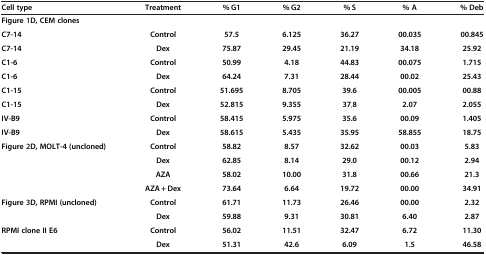
<table><thead><tr><td><b>Cell type</b></td><td><b>Treatment</b></td><td><b>% G1</b></td><td><b>% G2</b></td><td><b>% S</b></td><td><b>% A</b></td><td><b>% Deb</b></td></tr></thead><tbody><tr><td><b>Figure</b>1<b>D, </b><b>CEM clones</b></td><td> </td><td> </td><td> </td><td> </td><td> </td><td> </td></tr><tr><td><b>C7-</b><b>14</b></td><td><b>Control</b></td><td><b>57.5</b></td><td><b>6.125</b></td><td><b>36.27</b></td><td><b>00.035</b></td><td><b>00.845</b></td></tr><tr><td><b>C7-</b><b>14</b></td><td><b>Dex</b></td><td><b>75.87</b></td><td><b>29.45</b></td><td><b>21.19</b></td><td><b>34.18</b></td><td><b>25.92</b></td></tr><tr><td><b>C1-</b><b>6</b></td><td><b>Control</b></td><td><b>50.99</b></td><td><b>4.18</b></td><td><b>44.83</b></td><td><b>00.075</b></td><td><b>1.715</b></td></tr><tr><td><b>C1-</b><b>6</b></td><td><b>Dex</b></td><td><b>64.24</b></td><td><b>7.31</b></td><td><b>28.44</b></td><td><b>00.02</b></td><td><b>25.43</b></td></tr><tr><td><b>C1-</b><b>15</b></td><td><b>Control</b></td><td><b>51.695</b></td><td><b>8.705</b></td><td><b>39.6</b></td><td><b>00.005</b></td><td><b>00.88</b></td></tr><tr><td><b>C1-</b><b>15</b></td><td><b>Dex</b></td><td><b>52.815</b></td><td><b>9.355</b></td><td><b>37</b>,<b>8</b></td><td><b>2.07</b></td><td><b>2.055</b></td></tr><tr><td><b>IV-</b><b>B9</b></td><td><b>Control</b></td><td><b>58.415</b></td><td><b>5.975</b></td><td><b>35.6</b></td><td><b>00.09</b></td><td><b>1.405</b></td></tr><tr><td><b>IV-</b><b>B9</b></td><td><b>Dex</b></td><td><b>58.615</b></td><td><b>5.435</b></td><td><b>35.95</b></td><td><b>58.855</b></td><td><b>18.75</b></td></tr><tr><td><b>Figure</b>2<b>D, </b><b>MOLT-</b><b>4 </b><b>(uncloned)</b></td><td><b>Control</b></td><td><b>58.82</b></td><td><b>8.57</b></td><td><b>32.62</b></td><td><b>00.03</b></td><td><b>5.83</b></td></tr><tr><td> </td><td><b>Dex</b></td><td><b>62.85</b></td><td><b>8.14</b></td><td><b>29.0</b></td><td><b>00.12</b></td><td><b>2.94</b></td></tr><tr><td> </td><td><b>AZA</b></td><td><b>58.02</b></td><td><b>10.00</b></td><td><b>31.8</b></td><td><b>00.66</b></td><td><b>21.3</b></td></tr><tr><td> </td><td><b>AZA +</b> <b>Dex</b></td><td><b>73.64</b></td><td><b>6.64</b></td><td><b>19.72</b></td><td><b>00.00</b></td><td><b>34.91</b></td></tr><tr><td><b>Figure</b>3<b>D, </b><b>RPMI </b><b>(uncloned)</b></td><td><b>Control</b></td><td><b>61.71</b></td><td><b>11.73</b></td><td><b>26.46</b></td><td><b>00.00</b></td><td><b>2.32</b></td></tr><tr><td> </td><td><b>Dex</b></td><td><b>59.88</b></td><td><b>9.31</b></td><td><b>30.81</b></td><td><b>6.40</b></td><td><b>2.87</b></td></tr><tr><td><b>RPMI clone II E6</b></td><td><b>Control</b></td><td><b>56.02</b></td><td><b>11.51</b></td><td><b>32.47</b></td><td><b>6.72</b></td><td><b>11.30</b></td></tr><tr><td> </td><td><b>Dex</b></td><td><b>51.31</b></td><td><b>42.6</b></td><td><b>6.09</b></td><td><b>1.5</b></td><td><b>46.58</b></td></tr></tbody></table>